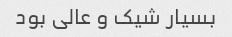
بسیار شیک و عالی بود